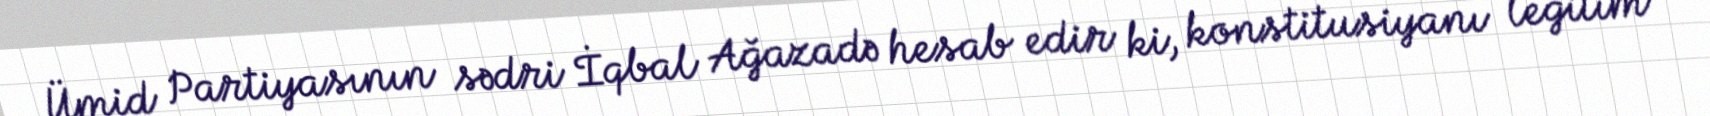
Ümid Partiyasının sədri İqbal Ağazadə hesab edir ki, konstitusiyanı legitim